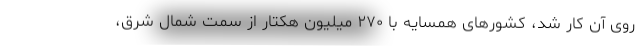
روی آن کار شد، کشورهای همسایه با ۲۷۰ میلیون هکتار از سمت شمال شرق،